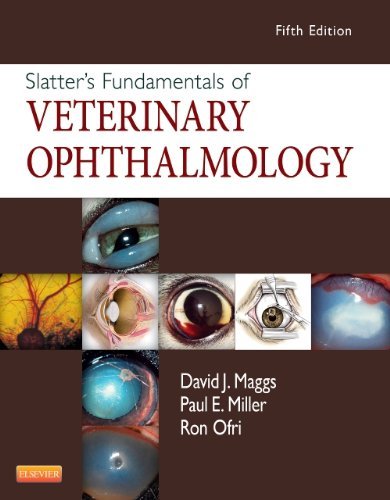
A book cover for By David Maggs BVSc(Hons) DAVCO - Slatter's Fundamentals of Veterinary Ophthalmology, 5e (5th Edition) (1.5.2013); David Maggs BVSc(Hons) DAVCO; Medical Books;